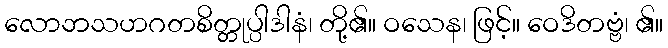
လောဘသဟဂတစိတ္တုပ္ပါဒါနံ၊ တို့၏။ ဝသေန၊ ဖြင့်။ ဝေဒိတဗ္ဗံ၊ ၏။